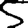
Digit: 5